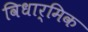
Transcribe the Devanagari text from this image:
विधार्मिक